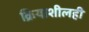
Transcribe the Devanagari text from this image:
क्रियाशीलही